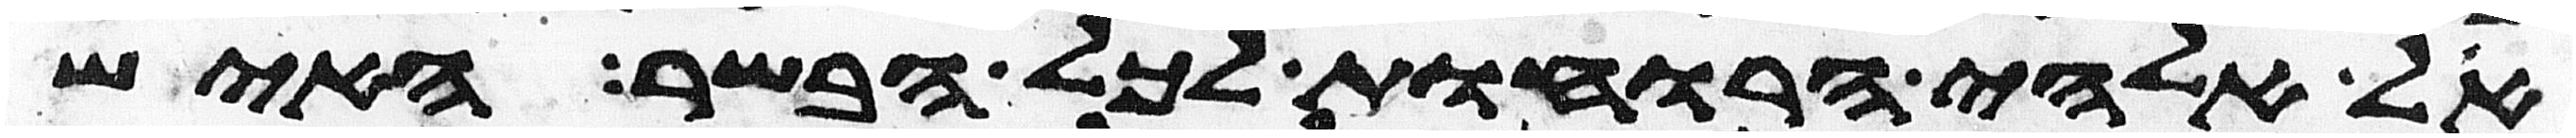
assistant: אל אלהי הרוחות לכל הבשר האיש